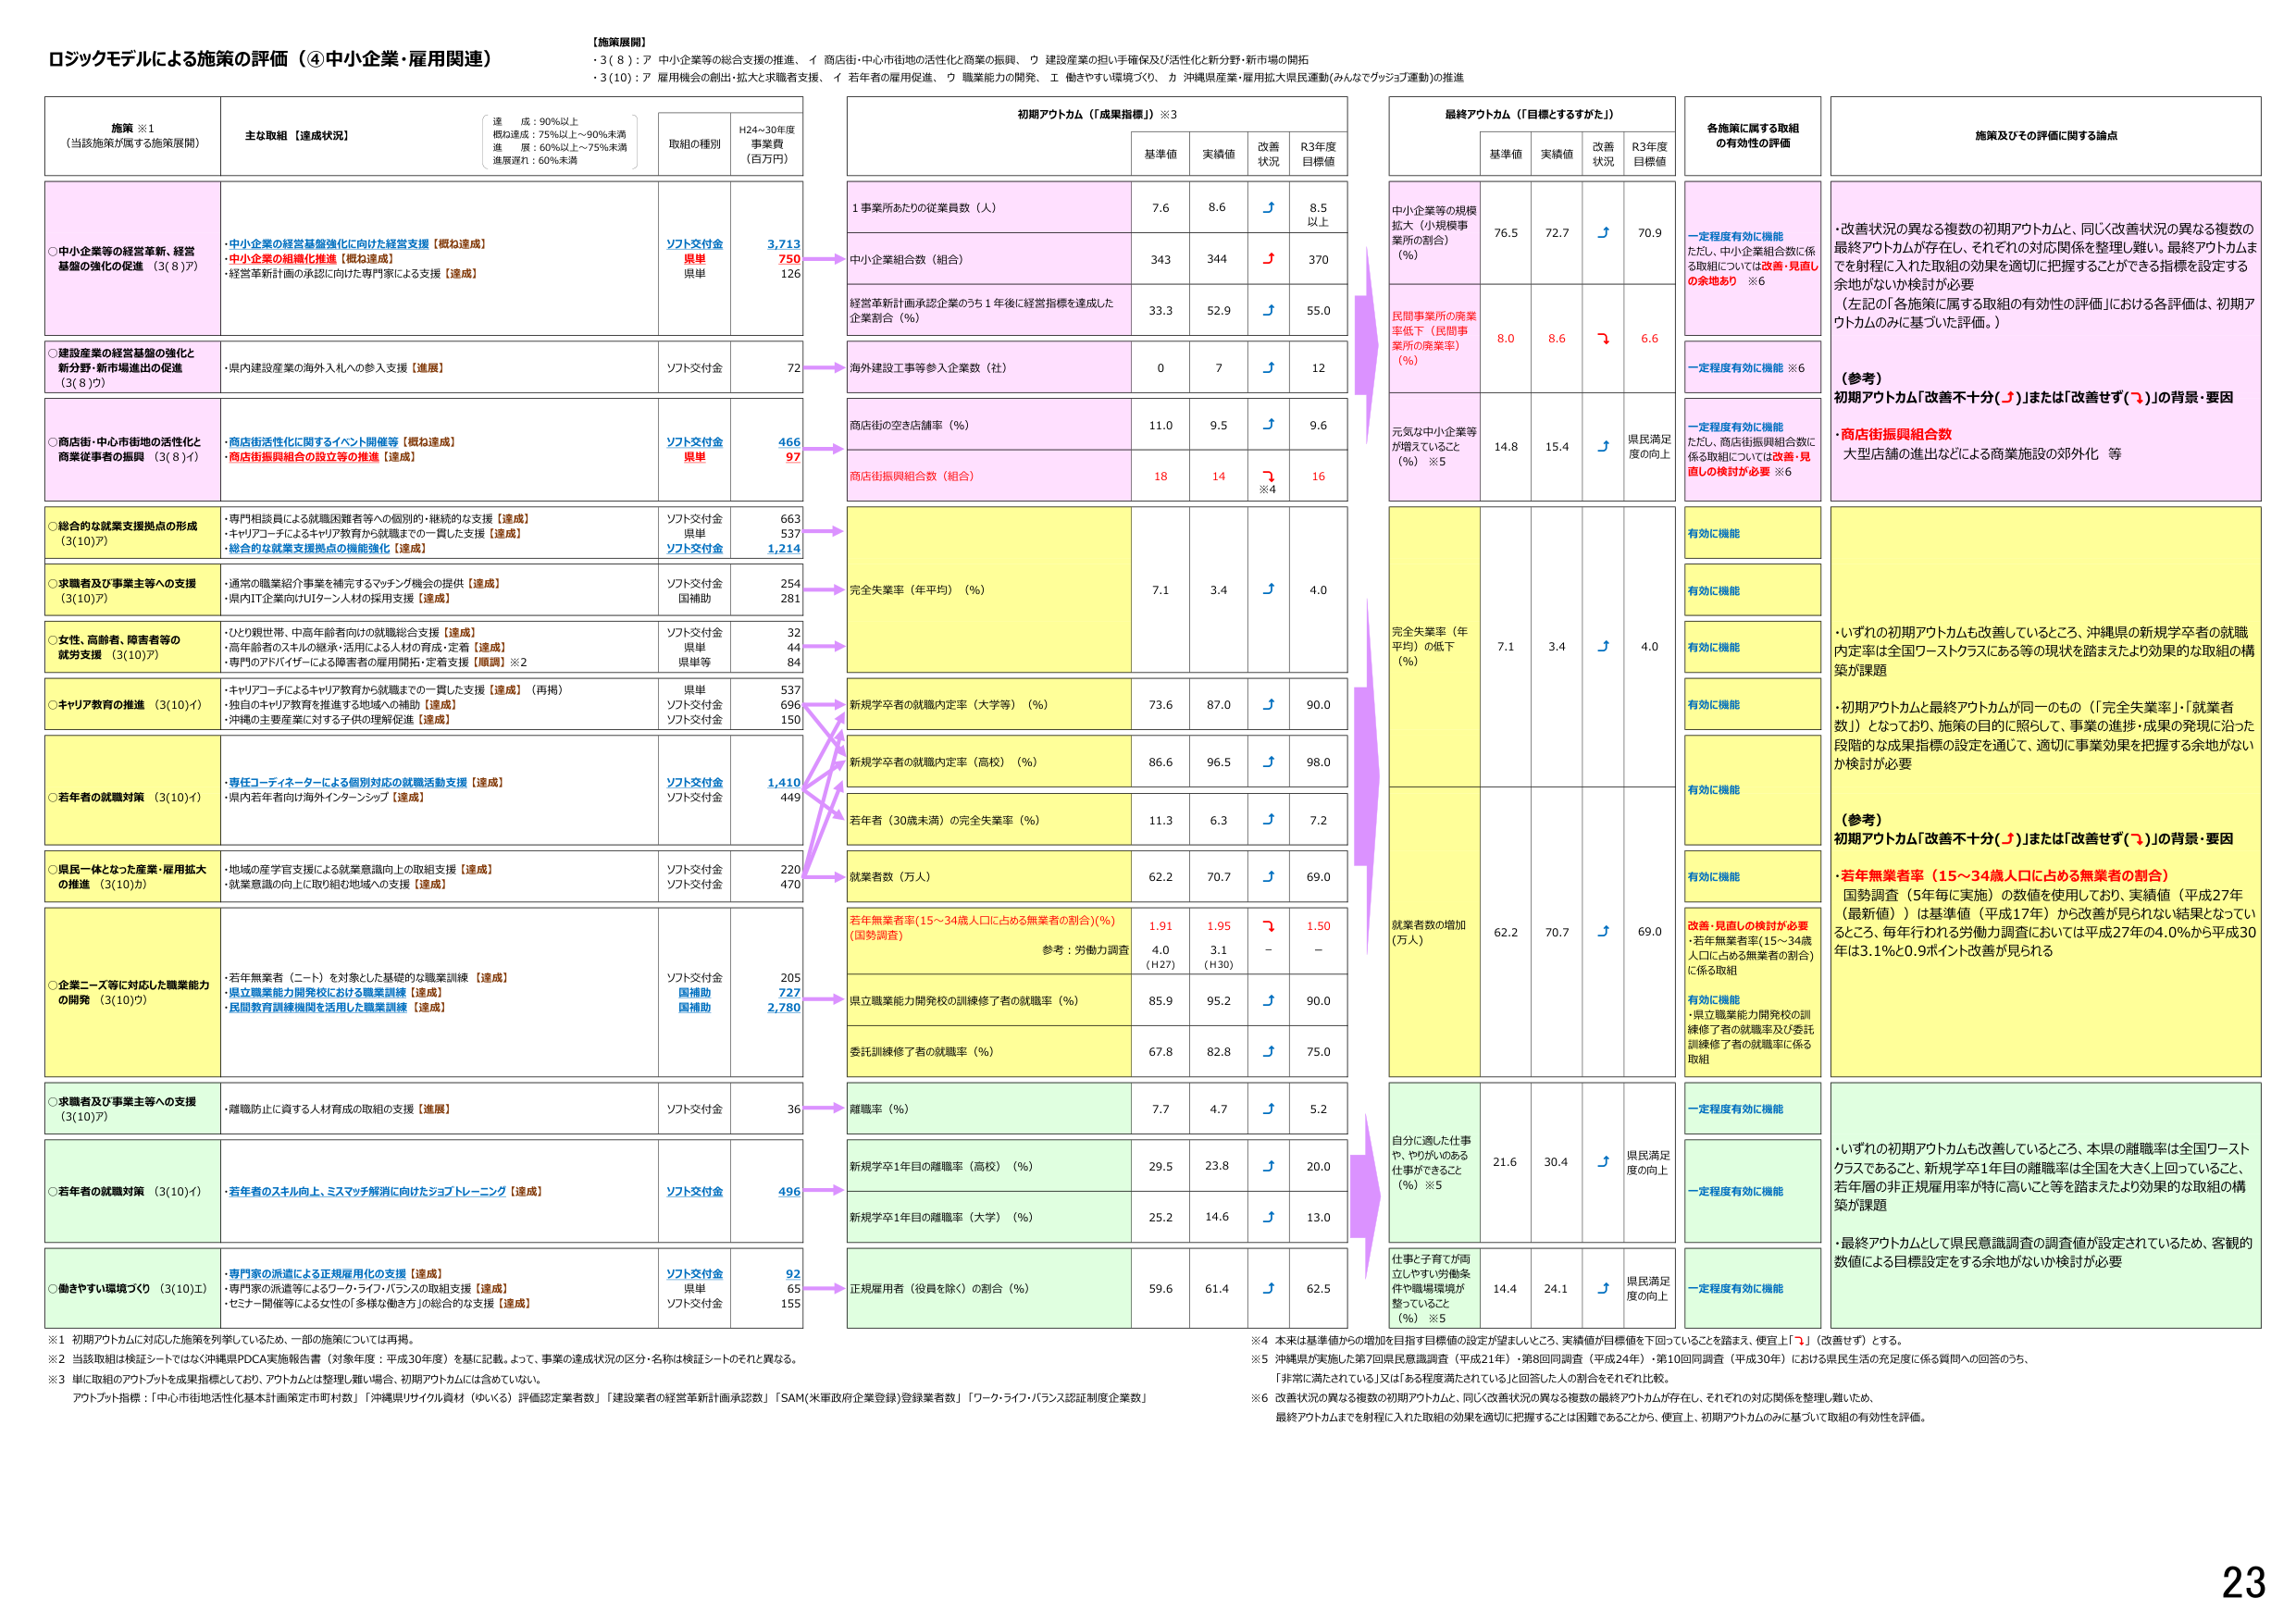
ロジックモデルによる施策の評価（④中小企業・雇用関連）

【施策展開】
・3（8）：7 中小企業等の総合支援の推進、イ 商店街・中心市街地の活性化と商業の振興、ウ 建設産業の担い手確保及び活性化と新分野・新市場の開拓
・3（10）：7 雇用機会の創出・拡大と求職者支援、イ 若年者の雇用促進、ウ 職業能力の開発、エ 働きやすい環境づくり、カ 沖縄県産業・雇用拡大県民運動（みんなでグッジョブ運動）の推進

施策 ※1
（当該施策が属する施策展開）

主な取組【達成状況】

達成：90％以上
概ね達成：75％以上～90％未満
達成：60％以上～75％未満
達成度れ：60％未満

取組の種別
H24～30年度
事業費
（百万円）

○中小企業等の経営革新、経営基盤の強化の促進 （3（8）7）
・中小企業の経営基盤強化に向けた経営支援【概ね達成】
・中小企業の組織化推進【概ね達成】
・経営革新計画の承認に向けた専門家による支援【達成】

ソフト交付金
県単
県単
3,713
750
126

○建設産業の経営基盤の強化と新分野・新市場進出の促進（3（8）ウ）
・県内建設産業の海外入札への参入支援【進展】

ソフト交付金
72

○商店街・中心市街地の活性化と商業従事者の振興 （3（8）イ）
・商店街活性化に関するイベント開催等【概ね達成】
・商店街振興組合の設立等の推進【達成】

ソフト交付金
県単
466
97

○総合的な就業支援拠点の形成（3（10）7）
・専門相談員による就職困難者等への個別的・継続的な支援【達成】
・キャリアコーチによるキャリア教育から就職までの一貫した支援【達成】
・総合的な就業支援拠点の機能強化【達成】

ソフト交付金
県単
ソフト交付金
663
537
1,214

○求職者及び事業主等への支援（3（10）7）
・通常の職業紹介事業を補完するマッチング機会の提供【達成】
・県内IT企業向けUターン人材の採用支援【達成】

ソフト交付金
国補助
254
281

○女性、高齢者、障害者等の就労支援 （3（10）7）
・ひとり親世帯、中高年齢者向けの就職総合支援【達成】
・高年齢者のスキルの継承・活用による人材の育成・定着【達成】
・専門のアドバイザーによる障害者の雇用開拓・定着支援【順調】※2

ソフト交付金
県単
県単等
32
44
84

○キャリア教育の推進 （3（10）イ）
・キャリアコーチによるキャリア教育から就職までの一貫した支援【達成】（再掲）
・独自のキャリア教育を推進する地域への補助【達成】
・沖縄の主要産業に対する子供の理解促進【達成】

県単
ソフト交付金
ソフト交付金
537
696
150

○若年者の就職対策 （3（10）イ）
・専任コーディネーターによる個別対応の就職活動支援【達成】
・県内若年者向け海外インターンシップ【達成】

ソフト交付金
ソフト交付金
1,410
449

○県民一体となった産業・雇用拡大の推進 （3（10）カ）
・地域の産学官支援による就業意識向上の取組支援【達成】
・就業意識の向上に取り組む地域への支援【達成】

ソフト交付金
ソフト交付金
220
470

○企業ニーズ等に対応した職業能力の開発 （3（10）ウ）
・若年無業者（ニート）を対象とした基礎的な職業訓練【達成】
・県立職業能力開発校における職業訓練【達成】
・民間教育訓練機関を活用した職業訓練【達成】

ソフト交付金
国補助
国補助
205
727
2,780

○求職者及び事業主等への支援（3（10）7）
・離職防止に資する人材育成の取組の支援【進展】

ソフト交付金
36

○若年者の就職対策 （3（10）イ）
・若年者のスキル向上、ミスマッチ解消に向けたジョブトレーニング【達成】

ソフト交付金
496

○働きやすい環境づくり （3（10）エ）
・専門家の派遣による正規雇用化の支援【達成】
・専門家の派遣等によるワーク・ライフ・バランスの取組支援【達成】
・セミナー開催等による女性の「多様な働き方」の総合的な支援【達成】

ソフト交付金
県単
ソフト交付金
92
65
155

初期アウトカム（「成果指標」）※3

基準値
実績値
改善状況
R3年度目標値

1事業所あたりの従業員数（人）
7.6
8.6
↑
8.5以上

中小企業組合数（組合）
343
344
↑
370

経営革新計画承認企業のうち1年後に経営指標を達成した企業割合（％）
33.3
52.9
↑
55.0

海外建設工事等参入企業数（社）
0
7
↑
12

商店街の空き店舗率（％）
11.0
9.5
↑
9.6

商店街振興組合数（組合）
18
14
↓※4
16

完全失業率（年平均）（％）
7.1
3.4
↑
4.0

新規学卒者の就職内定率（大学等）（％）
73.6
87.0
↑
90.0

新規学卒者の就職内定率（高校）（％）
86.6
96.5
↑
98.0

若年者（30歳未満）の完全失業率（％）
11.3
6.3
↑
7.2

就業者数（万人）
62.2
70.7
↑
69.0

若年無業者率（15～34歳人口に占める無業者の割合）（％）
（国勢調査）
1.91
1.95
↓
1.50
参考：労働力調査
4.0
3.1
－
－
（H27）
（H30）

県立職業能力開発校の訓練修了者の就職率（％）
85.9
95.2
↑
90.0

委託訓練修了者の就職率（％）
67.8
82.8
↑
75.0

離職率（％）
7.7
4.7
↑
5.2

新規学卒1年目の離職率（高校）（％）
29.5
23.8
↑
20.0

新規学卒1年目の離職率（大学）（％）
25.2
14.6
↑
13.0

正規雇用者（役員を除く）の割合（％）
59.6
61.4
↑
62.5

最終アウトカム（「目標とするがた」）

基準値
実績値
改善状況
R3年度目標値

中小企業等の規模拡大（小規模事業所の割合）（％）
76.5
72.7
↓
70.9

民間事業所の廃業率低下（民間事業所の廃業率）（％）
8.0
8.6
↓
6.6

元気な中小企業等が増えていること（％）※5
14.8
15.4
↑
県民満足度の向上

完全失業率（年平均）の低下（％）
7.1
3.4
↑
4.0

就業者数の増加（万人）
62.2
70.7
↑
69.0

自分に適した仕事や、やりがいのある仕事ができること（％）※5
21.6
30.4
↑
県民満足度の向上

仕事と子育てが両立しやすい労働条件や職場環境が整っていること（％）※5
14.4
24.1
↑
県民満足度の向上

各施策に属する取組の有効性の評価

一定程度有効に機能
ただし、中小企業組合数に係る取組については改善・見直しの余地あり ※6

一定程度有効に機能 ※6

一定程度有効に機能
ただし、商店街振興組合数に係る取組については改善・見直しの検討が必要 ※6

有効に機能

有効に機能

有効に機能

有効に機能

有効に機能

有効に機能

改善・見直しの検討が必要
・若年無業者率（15～34歳人口に占める無業者の割合）に係る取組

有効に機能
・県立職業能力開発校の訓練修了者の就職率及び委託訓練修了者の就職率に係る取組

一定程度有効に機能

一定程度有効に機能

一定程度有効に機能

施策及びその評価に関する論点

・改善状況の異なる複数の初期アウトカムと、同じく改善状況の異なる複数の最終アウトカムが存在し、それぞれの対応関係を整理し難い。最終アウトカムまでを射程に入れた取組の効果を適切に把握することができる指標を設定する余地がないか検討が必要
（左記の「各施策に属する取組の有効性の評価」における各評価は、初期アウトカムのみに基づいた評価。）

（参考）
初期アウトカム「改善不十分（↓）」または「改善せず（↘）」の背景・要因
・商店街振興組合数
大型店舗の進出などによる商業施設の郊外化 等

・いずれの初期アウトカムも改善しているところ、沖縄県の新規学卒者の就職内定率は全国ワーストクラスにある等の現状を踏まえたより効果的な取組の構築が課題

・初期アウトカムと最終アウトカムが同一のもの（「完全失業率」・「就業者数」）となっており、施策の目的に照らして、事業の進捗・成果の発現に沿った段階的な成果指標の設定を通じて、適切に事業効果を把握する余地がないか検討が必要

（参考）
初期アウトカム「改善不十分（↓）」または「改善せず（↘）」の背景・要因
・若年無業者率（15～34歳人口に占める無業者の割合）
国勢調査（5年毎に実施）の数値を使用しており、実績値（平成27年（最新値））は基準値（平成17年）から改善が見られない結果となっていくところ、毎年行われる労働力調査においては平成27年04.0％から平成30年は3.1％と0.9ポイント改善が見られる

・いずれの初期アウトカムも改善しているところ、本県の離職率は全国ワーストクラスであること、新規学卒1年目の離職率は全国を大きく上回っていること、若年層の非正規雇用率が特に高いこと等を踏まえたより効果的な取組の構築が課題

・最終アウトカムとして県民意識調査の調査値が設定されているため、客観的数値による目標設定をする余地がないか検討が必要

※1 初期アウトカムに対応した施策を列挙しているため、一部の施策については再掲。
※2 当該取組は検証シートではなく沖縄県PDCA実施報告書（対象年度：平成30年度）を基に記載。よって、事業の達成状況の区分・名称は検証シートのそれと異なる。
※3 単に取組のアウトプットを成果指標としており、アウトカムとは整理し難い場合、初期アウトカムには含めていない。
アウトプット指標：「中心市街地活性化基本計画策定市町村数」「沖縄県リサイクル資材（ゆいくる）評価認定業者数」「建設業者の経営革新計画承認数」「SAM（米軍政府企業登録）登録業者数」「ワーク・ライフ・バランス認証制度企業数」

※4 本来は基準値からの増加を目指す目標値の設定が望ましいところ、実績値が目標値を下回っていることを踏まえ、便宜上「↘」（改善せず）とする。
※5 沖縄県が実施した第7回県民意識調査（平成21年）・第8回同調査（平成24年）・第10回同調査（平成30年）における県民生活の充足度に係る質問への回答のうち、「非常に満たされている」又は「ある程度満たされている」と回答した人の割合をそれぞれ比較。
※6 改善状況の異なる複数の初期アウトカムと、同じく改善状況の異なる複数の最終アウトカムが存在し、それぞれの対応関係を整理し難いため、最終アウトカムまでを射程に入れた取組の効果を適切に把握することは困難であることから、便宜上、初期アウトカムのみに基づいて取組の有効性を評価。

23